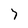
Character: 7